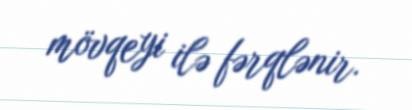
mövqeyi ilə fərqlənir.